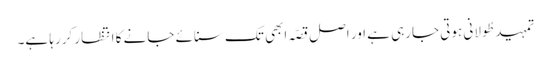
تمہید طُولانی ہوتی جارہی ہے اور اصل قصّہ ابھی تک سنائے جانے کا انتظار کررہا ہے۔